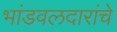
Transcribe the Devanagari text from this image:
भांडवलदारांचे